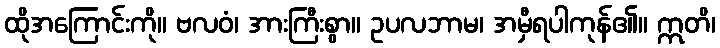
ထိုအကြောင်းကို။ ဗလဝံ၊ အားကြီးစွာ။ ဥပလဘာမ၊ အမှီရပါကုန်၏။ ဣတိ၊